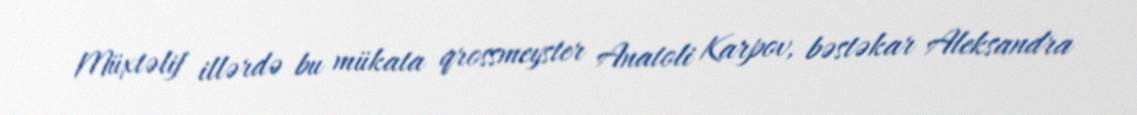
Müxtəlif illərdə bu mükata qrossmeyster Anatoli Karpov, bəstəkar Aleksandra